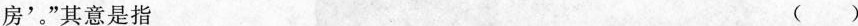
房’。”其意是指 ( )